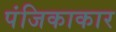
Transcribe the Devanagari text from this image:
पंजिकाकार